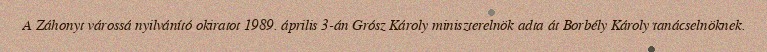
A Záhonyt várossá nyilvánító okiratot 1989. április 3-án Grósz Károly miniszterelnök adta át Borbély Károly tanácselnöknek.